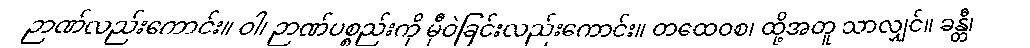
ဉာဏ်လည်းကောင်း။ ဝါ၊ ဉာဏ်ပစ္စည်းကို မှီဝဲခြင်းလည်းကောင်း။ တထေဝစ၊ ထို့အတူ သာလျှင်။ ခန္တီ၊